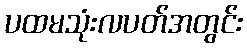
ပထမသုံးလပတ်အတွင်း